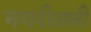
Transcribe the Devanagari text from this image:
नगरीतली